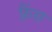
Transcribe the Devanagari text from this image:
फ़्रैंस